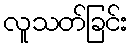
လူသတ်ခြင်း